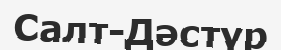
Салт-Дәстүр